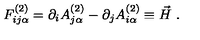
F _ { i j \alpha } ^ { ( 2 ) } = \partial _ { i } A _ { j \alpha } ^ { ( 2 ) } - \partial _ { j } A _ { i \alpha } ^ { ( 2 ) } \equiv \vec { H } \ .